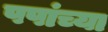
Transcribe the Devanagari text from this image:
पपांच्या